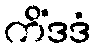
ကိံဒဒံ